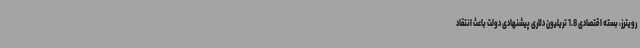
رویترز، بسته اقتصادی 1.8 تریلیون دلاری پیشنهادی دولت باعث انتقاد